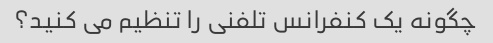
چگونه یک کنفرانس تلفنی را تنظیم می کنید؟